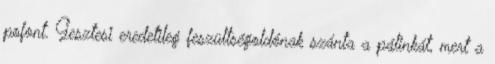
pofont. Gesztesi eredetileg feszültségoldónak szánta a pálinkát, mert a